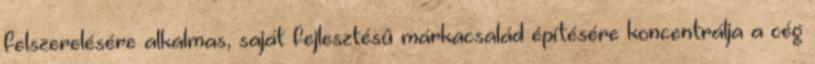
felszerelésére alkalmas, saját fejlesztésû márkacsalád építésére koncentrálja a cég